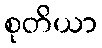
စုတိယာ